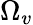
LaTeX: \Omega_{v}